Leaving Certificate Examination, 1912
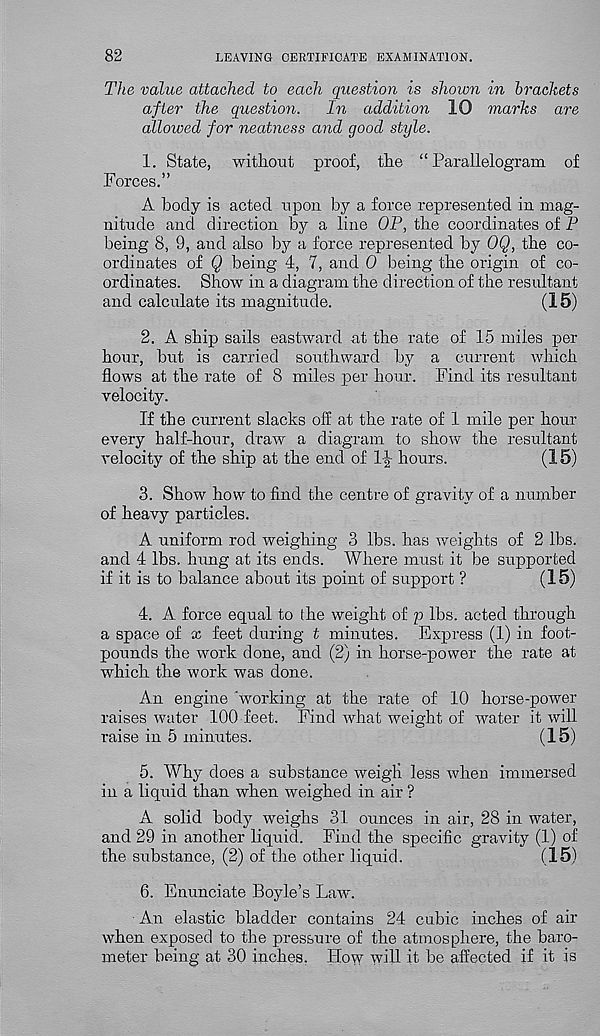
82
LEAVING CERTIFICATE EXAMINATION.
The value attached to each question is shown in brackets
after the question.
In addition 10 marks are
allowed for neatness and good style.
1. State, without proof, the “Parallelogram of
Forces.”
A body is acted upon by a force represented in mag-
nitude and direction by a line OP, the coordinates of P
being 8, 9, and also by a force represented by OQ, the co-
ordinates of Q being 4, 7, and 0 being the origin of co-
ordinates. Show in a diagram the direction of the resultant
and calculate its magnitude.
(15)
2. A ship sails eastward at the rate of 15 miles per
hour, but is carried southward by a current which
flows at the rate of 8 miles per hour. Find its resultant
velocity.
If the current slacks off at the rate of 1 mile per hour
every half-hour, draw a diagram to show the resultant
velocity of the ship at the end of 1-|- hours.
(15)
3. Show how to find the centre of gravity of a number
of heavy particles.
A uniform rod weighing 3 lbs. has weights of 2 lbs.
and 4 lbs. hung at its ends. Where must it be supported
if it is to balance about its point of support ?
(15)
4. A. force equal to the weight of p lbs. acted through
a space of x feet during t minutes. Express (1) in foot-
pounds the work done, and (2) in horse-power the rate at
which the work was done.
An engine 'working at the rate of 10 horse-power
raises water 100 feet. Find what weight of water it will
raise in 5 minutes.
(15)
5. Why does a substance weigh less when immersed
in a liquid than when weighed in air ?
A solid body weighs 31 ounces in air, 28 in water,
and 29 in another liquid. Find the specific gravity (1) of
the substance, (2) of the other liquid.
(15)
6. Enunciate Boyle’s Law.
An elastic bladder contains 24 cubic inches of air
when exposed to the pressure of the atmosphere, the baro-
meter being at 30 inches. How will it be affected if it is